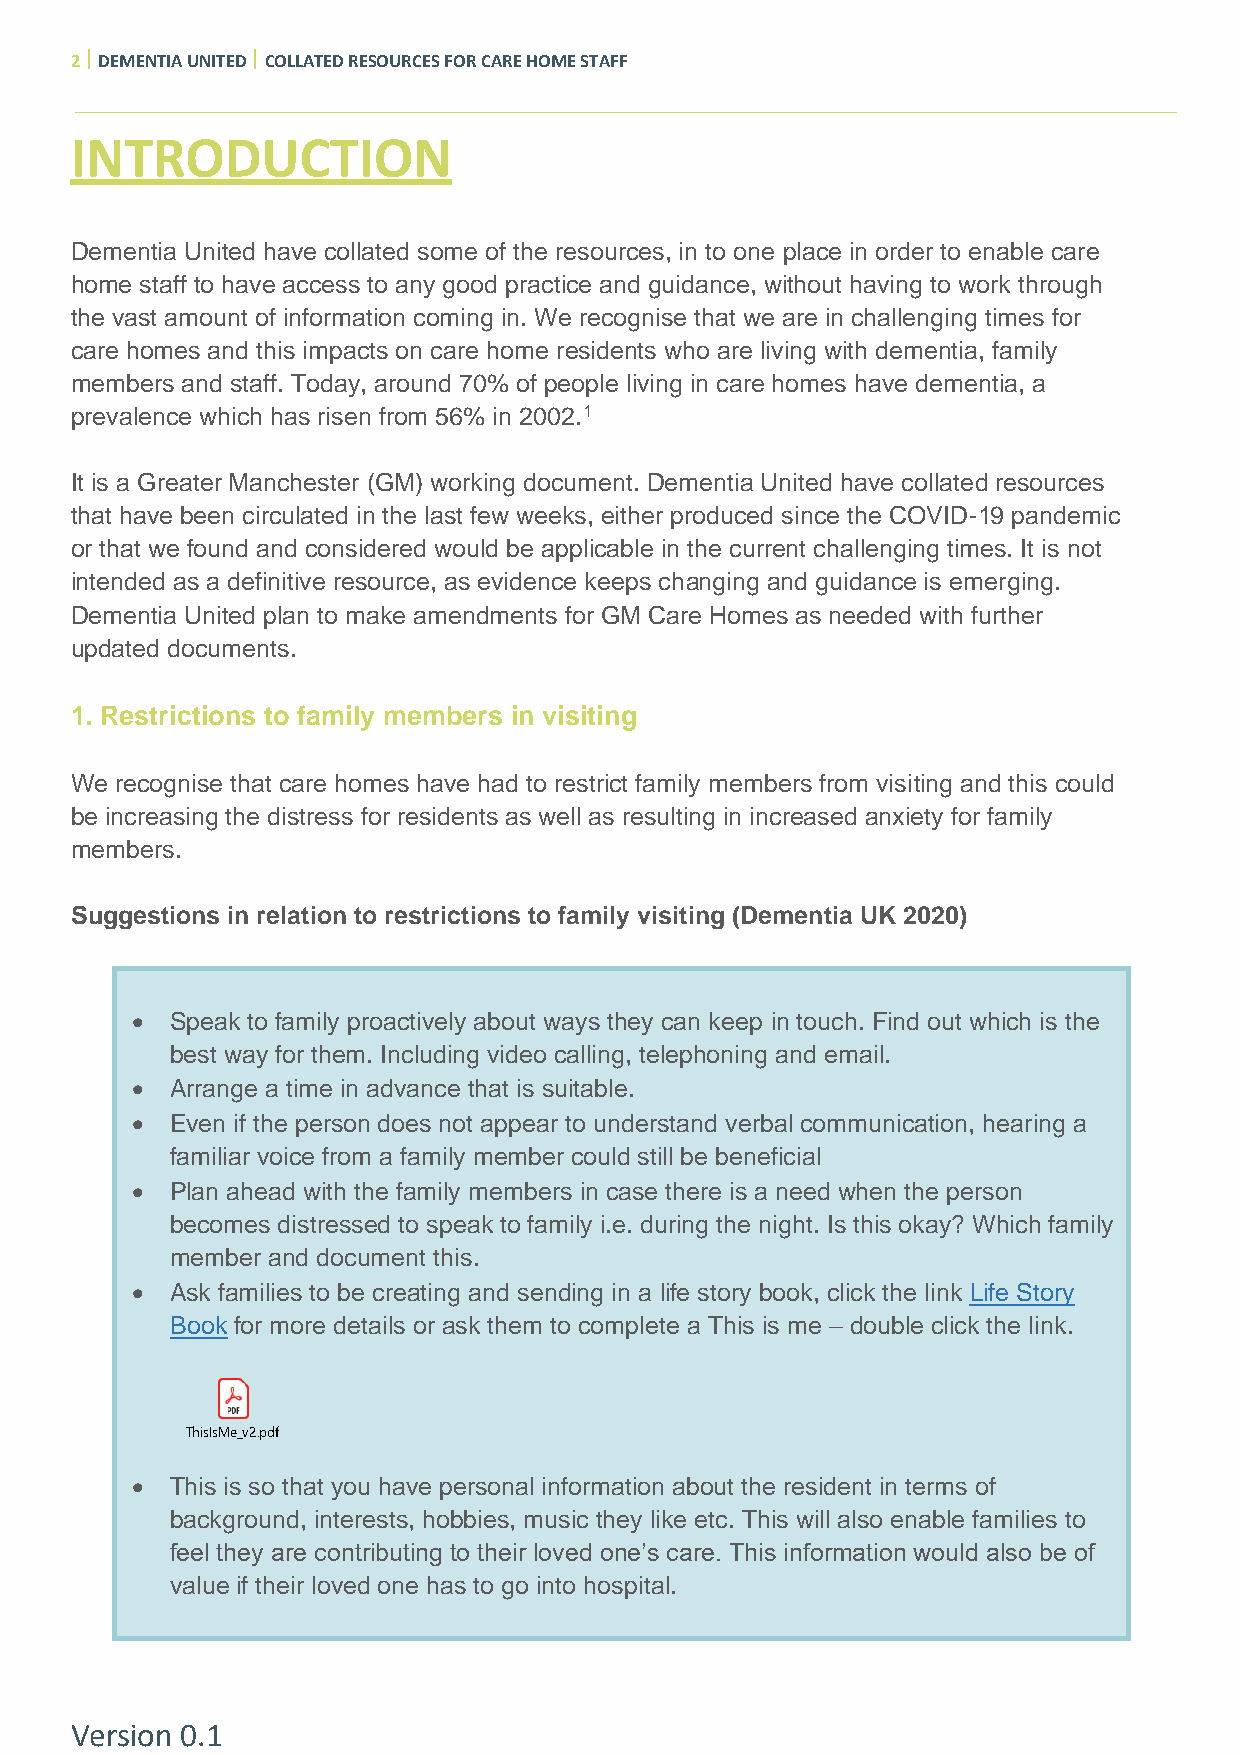
2  DEMENTIA UNITED  COLLATED RESOURCES FOR CARE HOME STAFF
 INTRODUCTION
 Dementia United have collated some of the resources, in to one place in order to enable care
 home staff to have access to any good practice and guidance, without having to work through
 the vast amount of information coming in. We recognise that we are in challenging times for
 care homes and this impacts on care home residents who are living with dementia, family
 members and staff. Today, around 70% of people living in care homes have dementia, a
 prevalence which has risen from 56% in 2002.1
 It is a Greater Manchester (GM) working document. Dementia United have collated resources
 that have been circulated in the last few weeks, either produced since the COVID-19 pandemic
 or that we found and considered would be applicable in the current challenging times. It is not
 intended as a definitive resource, as evidence keeps changing and guidance is emerging.
 Dementia United plan to make amendments for GM Care Homes as needed with further
 updated documents.
 1. Restrictions to family members in visiting
 We recognise that care homes have had to restrict family members from visiting and this could
 be increasing the distress for residents as well as resulting in increased anxiety for family
 members.
 Suggestions in relation to restrictions to family visiting (Dementia UK 2020)
 • Speak to family proactively about ways they can keep in touch. Find out which is the
 best way for them. Including video calling, telephoning and email.
 • Arrange a time in advance that is suitable.
 • Even if the person does not appear to understand verbal communication, hearing a
 familiar voice from a family member could still be beneficial
 • Plan ahead with the family members in case there is a need when the person
 becomes distressed to speak to family i.e. during the night. Is this okay? Which family
 member and document this.
 • Ask families to be creating and sending in a life story book, click the link Life Story
 Book for more details or ask them to complete a This is me – double click the link.
 ThisIsMe_v2.pdf
 • This is so that you have personal information about the resident in terms of
 background, interests, hobbies, music they like etc. This will also enable families to
 feel they are contributing to their loved one’s care. This information would also be of
 value if their loved one has to go into hospital.
 Version 0.1